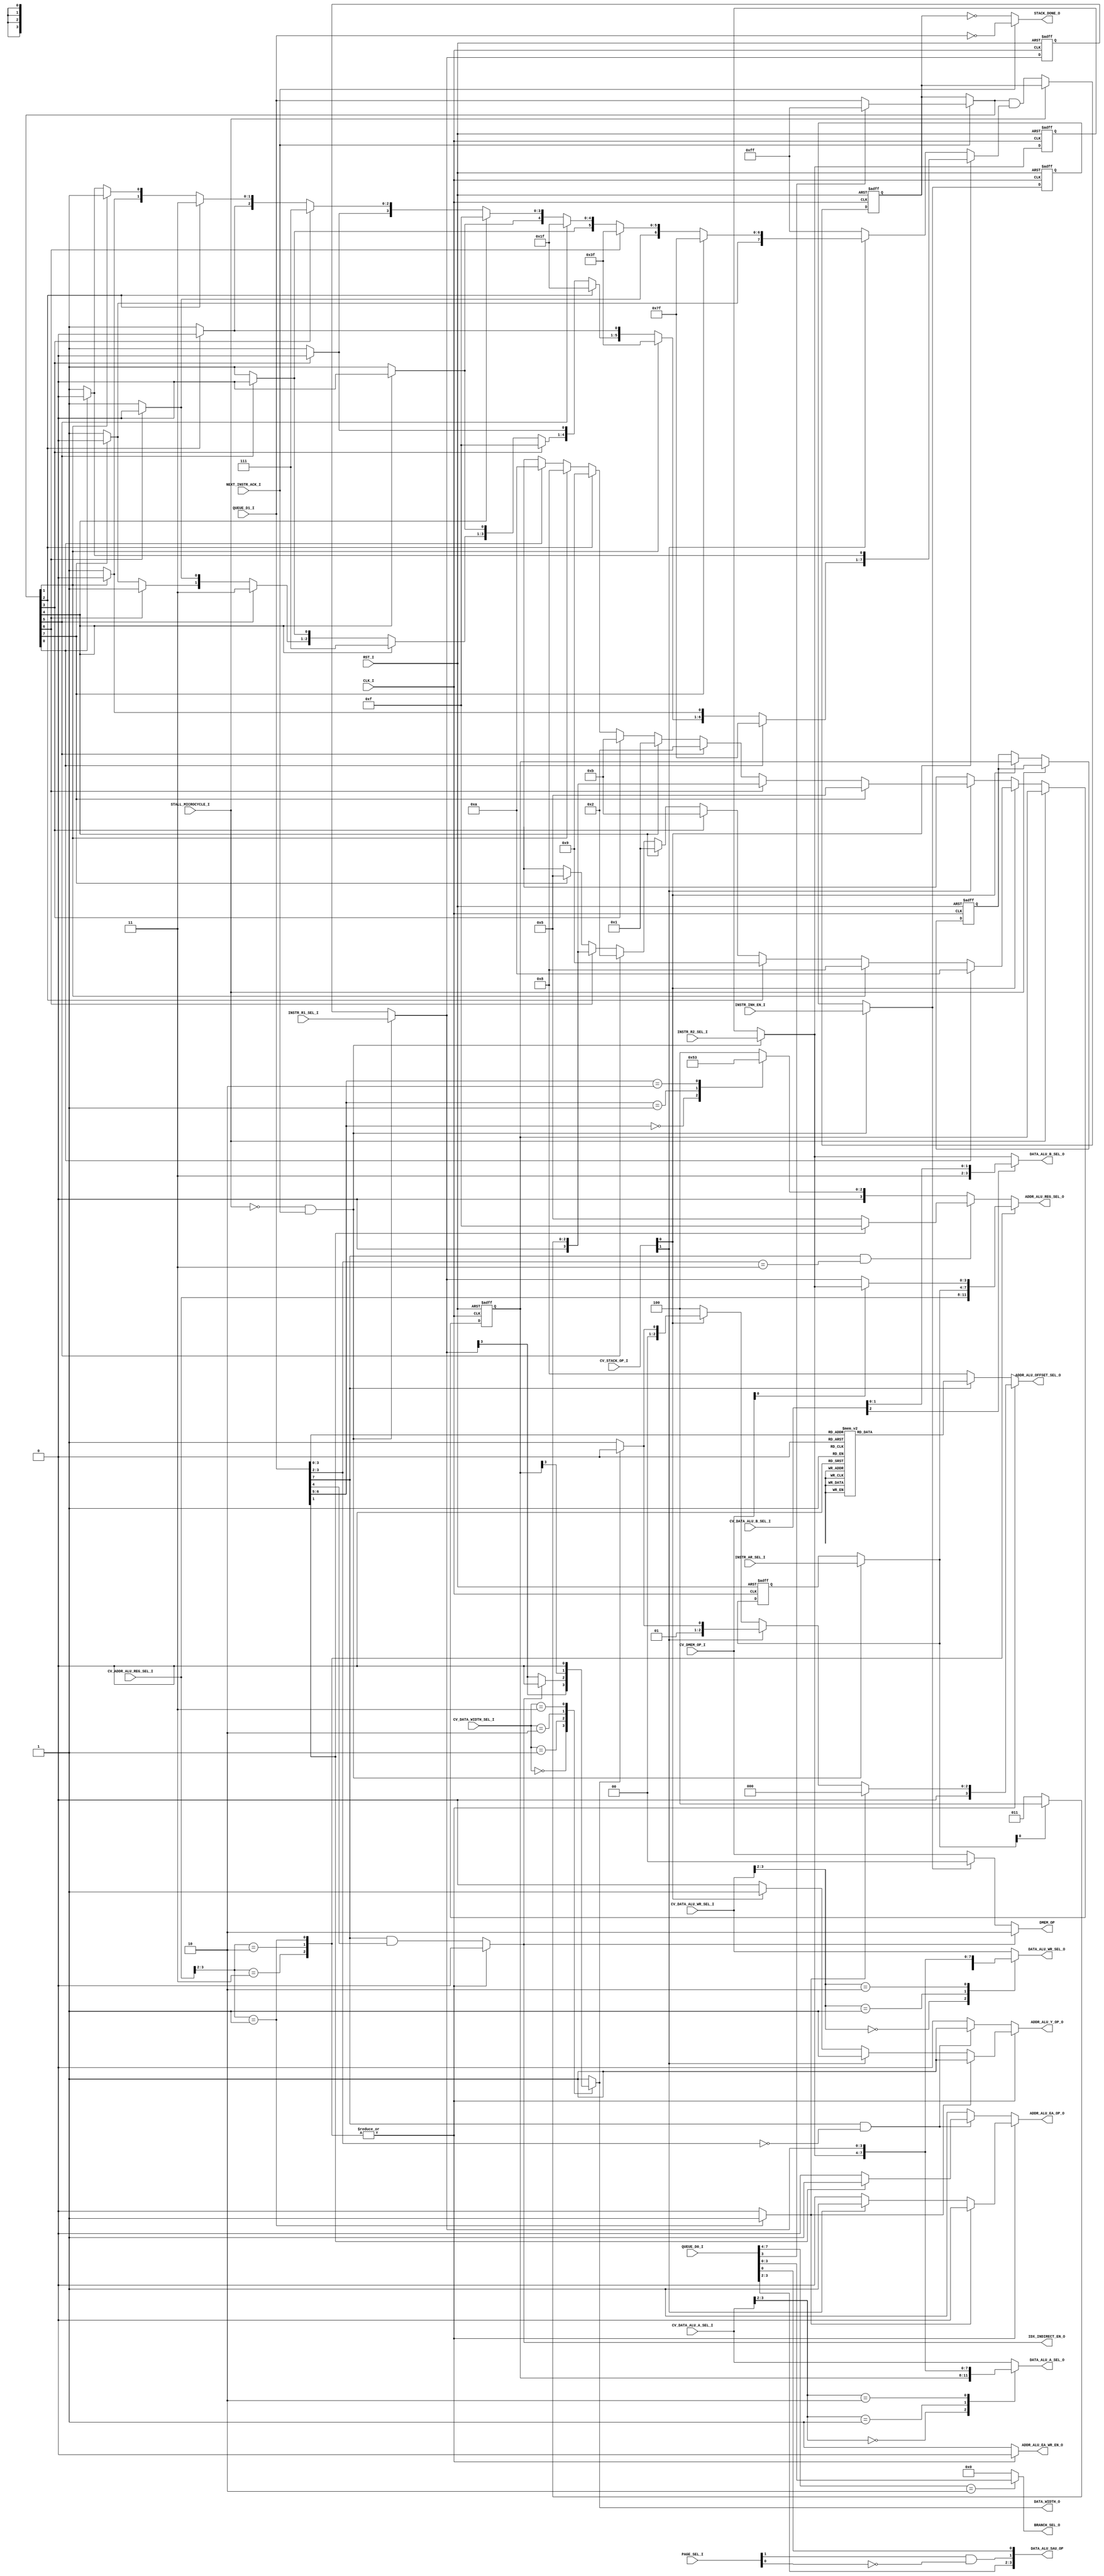
// [TURBO9_HEADER_START]
//////////////////////////////////////////////////////////////////////////////
//                          Turbo9 Microprocessor IP
//////////////////////////////////////////////////////////////////////////////
// Website: www.turbo9.org
// Contact: team[at]turbo9[dot]org
//////////////////////////////////////////////////////////////////////////////
// [TURBO9_LICENSE_START]
// BSD-1-Clause
//
// Copyright (c) 2020-2023
// Kevin Phillipson
// Michael Rywalt
// All rights reserved.
//
// Redistribution and use in source and binary forms, with or without
// modification, are permitted provided that the following conditions are met:
//
// 1. Redistributions of source code must retain the above copyright notice,
//    this list of conditions and the following disclaimer.
//
// THIS SOFTWARE IS PROVIDED BY THE COPYRIGHT HOLDERS AND CONTRIBUTORS "AS IS"
// AND ANY EXPRESS OR IMPLIED WARRANTIES, INCLUDING, BUT NOT LIMITED TO, THE
// IMPLIED WARRANTIES OF MERCHANTABILITY AND FITNESS FOR A PARTICULAR PURPOSE
// ARE DISCLAIMED. IN NO EVENT SHALL THE COPYRIGHT HOLDERS AND CONTRIBUTORS BE
// LIABLE FOR ANY DIRECT, INDIRECT, INCIDENTAL, SPECIAL, EXEMPLARY, OR
// CONSEQUENTIAL DAMAGES (INCLUDING, BUT NOT LIMITED TO, PROCUREMENT OF
// SUBSTITUTE GOODS OR SERVICES; LOSS OF USE, DATA, OR PROFITS; OR BUSINESS
// INTERRUPTION) HOWEVER CAUSED AND ON ANY THEORY OF LIABILITY, WHETHER IN
// CONTRACT, STRICT LIABILITY, OR TORT (INCLUDING NEGLIGENCE OR OTHERWISE)
// ARISING IN ANY WAY OUT OF THE USE OF THIS SOFTWARE, EVEN IF ADVISED OF THE
// POSSIBILITY OF SUCH DAMAGE.
// [TURBO9_LICENSE_END]
//////////////////////////////////////////////////////////////////////////////
// Description: Logic to control the register selects for the ALUs and the
// indexed addressing modes
//
//////////////////////////////////////////////////////////////////////////////
// History:
// 07.14.2023 - Kevin Phillipson
//   File header added
//
//////////////////////////////////////////////////////////////////////////////
// [TURBO9_HEADER_END]

/////////////////////////////////////////////////////////////////////////////
//                                MODULE
/////////////////////////////////////////////////////////////////////////////
module turbo9_reg_addr_ctrl
(
  // Inputs: Clock & Reset
  input              RST_I,
  input              CLK_I,

  // Stall & Next Instruction ACK
  input              STALL_MICROCYCLE_I,
  input              NEXT_INSTR_ACK_I,

  // Instruction Queue
  //input        [7:0] QUEUE_D2_I,
  input        [7:0] QUEUE_D1_I,
  input        [7:0] QUEUE_D0_I,
  input        [1:0] PAGE_SEL_I,

  // Instrution Decoded Controls
  input              INSTR_INH_EN_I,
  input        [3:0] INSTR_R1_SEL_I,
  input        [3:0] INSTR_R2_SEL_I,
  input        [3:0] INSTR_AR_SEL_I,

  // Control Vector Register Selects
  input        [2:0] CV_DATA_WIDTH_SEL_I,
  input        [3:0] CV_DATA_ALU_A_SEL_I,
  input        [2:0] CV_DATA_ALU_B_SEL_I,
  input        [3:0] CV_DATA_ALU_WR_SEL_I,
  input        [3:0] CV_ADDR_ALU_REG_SEL_I,
  input        [1:0] CV_DMEM_OP_I,
  input        [1:0] CV_STACK_OP_I,

  // Data ALU 
  output  reg        DATA_WIDTH_O,
  output  reg  [3:0] DATA_ALU_A_SEL_O,
  output  reg  [3:0] DATA_ALU_B_SEL_O,
  output  reg  [3:0] DATA_ALU_WR_SEL_O,
  output       [3:0] DATA_ALU_SAU_OP,

  // Address ALU 
  output  reg  [3:0] ADDR_ALU_REG_SEL_O,
  output  reg  [3:0] ADDR_ALU_OFFSET_SEL_O,
  output  reg        ADDR_ALU_EA_WR_EN_O,
  output  reg        ADDR_ALU_EA_OP_O,
  output  reg        ADDR_ALU_Y_OP_O,

  // Other
  output  reg  [1:0] DMEM_OP,
  output  reg  [3:0] BRANCH_SEL_O,
  output             IDX_INDIRECT_EN_O,
  output             STACK_DONE_O
);

/////////////////////////////////////////////////////////////////////////////
//                             INTERNAL SIGNALS
/////////////////////////////////////////////////////////////////////////////

///////////////////// SAU_OP_I defines
//
///////////////////// SAU_OP_I defines
// opcode[3:0] | (Page2_en<<1)
// Page1
localparam SAU_EMUL  = 4'b0100; // 4 opcode = $14
localparam SAU_EMULS = 4'b0101; // 5 opcode = $15
localparam SAU_IDIV  = 4'b1000; // 8 opcode = $18
localparam SAU_DAA   = 4'b1001; // 9 opcode = $19
localparam SAU_MUL   = 4'b1101; // D opcode = $3D
// Page2
localparam SAU_EDIV  = 4'b0110; // 6 opcode = $1014
localparam SAU_EDIVS = 4'b0111; // 7 opcode = $1015
localparam SAU_IDIVS = 4'b1010; // A opcode = $1018
localparam SAU_FDIV  = 4'b1011; // B opcode = $1019
localparam SAU_CPY   = 4'b1111; // F opcode = $101F
//
//assign DATA_ALU_SAU_OP = (page2_en) ? {QUEUE_D1_I[3:2],page2_en,QUEUE_D1_I[0]} : // INFO: Partial decode
//                                      {QUEUE_D0_I[3:2],page2_en,QUEUE_D0_I[0]} ; // INFO: Partial decode


//////////////////////////////////////// CV_DMEM_OP_I defines
// Note this encoding is critical.
// MSB is a "one-hot"
localparam  DMEM_OP_IDLE  = 2'b00; // EQU $0
localparam  DMEM_OP_RD    = 2'b10; // EQU $2
localparam  DMEM_OP_WR    = 2'b11; // EQU $3

/*
; ///////////////////////////////////////// cv_DATA_ALU_A_SEL definition
ctrl_vec_begin cv_DATA_ALU_A_SEL 4
  ZERO         EQU $F ; = 4'b1111,
  IDATA        EQU $E ; = 4'b1110,
  DMEM_RD      EQU $D ; = 4'b1101,
  EA           EQU $C ; = 4'b1100,
  R1           EQU $8 ; = 4'b10xx, // Partially decoded!
  R2           EQU $4 ; = 4'b01xx, // Partially decoded!
  STACK_REG    EQU $0 ; = 4'b00xx, // Partially decoded!
ctrl_vec_end

; ///////////////////////////////////////// cv_DATA_ALU_B_SEL definition
ctrl_vec_begin cv_DATA_ALU_B_SEL 3
  ZERO         EQU $7 ; = 3'b111,
  IDATA        EQU $6 ; = 3'b110,
  DMEM_RD      EQU $5 ; = 3'b101,
  EA           EQU $4 ; = 3'b100,
  R2           EQU $0 ; = 3'b0xx, // Partially decoded!
ctrl_vec_end

; ///////////////////////////////////////// cv_DATA_ALU_WR_SEL definition
ctrl_vec_begin cv_DATA_ALU_WR_SEL 4
  ZERO         EQU $F ; = 4'b1111,
  IDATA        EQU $E ; = 4'b1110,
  DMEM_RD      EQU $D ; = 4'b1101,
  EA           EQU $C ; = 4'b1100,
  R1           EQU $8 ; = 4'b10xx, // Partially decoded!
  R2           EQU $4 ; = 4'b01xx, // Partially decoded!
  STACK_REG    EQU $0 ; = 4'b00xx, // Partially decoded!
ctrl_vec_end

; ///////////////////////////////////////// cv_ADDR_ALU_REG_SEL definition
ctrl_vec_begin cv_ADDR_ALU_REG_SEL 4
  ZERO         EQU $F ; = 4'b1111,
  IDATA        EQU $E ; = 4'b1110,
  DMEM_RD      EQU $D ; = 4'b1101,
  EA           EQU $C ; = 4'b1100,
  AR           EQU $8 ; = 4'b1000, // Partially decoded!
  RR1_WR2      EQU $4 ; = 4'b0100, // Partially decoded!
  INDEXED      EQU $0 ; = 4'b0000, // Partially decoded!
ctrl_vec_end
*/

//////////////////////////////////////// CV_DATA_WIDTH_SEL_I defines
//
localparam W_R1         = 3'h0;
localparam W_R1_OR_IND  = 3'h1;
localparam W_STACK_REG  = 3'h2;
localparam W_16         = 3'h3;
localparam W_8          = 3'h4;

//////////////////////////////////////// DATA_ALU_WIDTH_I defines
//
// This must match the MSB of the *_REG_SEL control vectors
localparam  WIDTH_16 =  1'b0;
localparam  WIDTH_8  =  1'b1;


//////////////////////////////////////// CV_STACK_OP_I Defines
//
// Encoding is critical
localparam STACK_OP_IDLE = 2'b00;
localparam STACK_OP_PULL = 2'b01;
localparam STACK_OP_PUSH = 2'b10;


// ADDR_ALU_REG_SEL_O - Index Register Select Decoding 
localparam  ZERO                  = 4'b1111;
localparam  IDATA                 = 4'b1110;
localparam  DMEM_RD               = 4'b1101;
localparam  EA                    = 4'b1100;
localparam  DPR                   = 4'b1011;
localparam  CCR                   = 4'b1010;
localparam  B                     = 4'b1001;
localparam  A                     = 4'b1000;
localparam  SEXB                  = 4'b0111;
//localparam                      = 4'b0110;
localparam  PC                    = 4'b0101;
localparam  S                     = 4'b0100;
localparam  U                     = 4'b0011;
localparam  Y                     = 4'b0010;
localparam  X                     = 4'b0001;
localparam  D                     = 4'b0000;
localparam  IDX_REG_SEL_DONT_CARE = 4'bxxxx;


// ADDR_ALU_OFFSET_SEL_O - Index Offset Select Decoding
localparam  OFFSET_SEL_POS1      = 4'b0000;
localparam  OFFSET_SEL_POS2      = 4'b0001;
localparam  OFFSET_SEL_NEG1      = 4'b0010;
localparam  OFFSET_SEL_NEG2      = 4'b0011;
localparam  OFFSET_SEL_ZERO      = 4'b0100;
localparam  OFFSET_SEL_B         = 4'b0101;
localparam  OFFSET_SEL_A         = 4'b0110;
localparam  OFFSET_SEL_D         = 4'b0111;
localparam  OFFSET_SEL_IDATA     = 4'b1000;
localparam  OFFSET_SEL_DONT_CARE = 4'bxxxx;

//////////////////////////////////////// ADDR_ALU_EA_OP_I / ADDR_ALU_Y_OP_I defines
//
localparam  EQU_REG = 1'b0;
localparam  EQU_SUM = 1'b1;


reg [7:0] opcode;
reg [7:0] idx_postbyte;
reg       indexed_en;
reg       idx_ind_en;
reg       rr1_wr2_en;


reg [7:0]   stk_postbyte;
reg [7:0]   stk_postbyte_msk;
reg [7:0]   stk_postbyte_nxt;
reg [7:0]   stk_postbyte_reg;
localparam  stk_postbyte_rst = 8'h00;

reg  [3:0]  stk_a_sel_nxt;
reg  [3:0]  stk_a_sel_reg;
localparam  stk_a_sel_rst = 4'h0;

reg  [3:0]  stk_wr_sel_reg;
localparam  stk_wr_sel_rst = 4'h0;

reg         stack_done;

reg         page1_en;
reg         page2_en;
reg         page3_en;

assign DATA_ALU_SAU_OP = {opcode[3:2],page2_en,opcode[0]} ; // INFO: Partial decode

//////////////////////////////////////// Instruction Decoded Fields
//
reg          instr_inh_en;
reg          instr_inh_en_reg;
localparam   instr_inh_en_rst = 1'b0; 

reg    [3:0] instr_r1_sel;
reg    [3:0] instr_r1_sel_reg;
localparam   instr_r1_sel_rst = 4'b0101; //INFO: PC reg_sel_type 

reg    [3:0] instr_r2_sel;
reg    [3:0] instr_r2_sel_reg;
localparam   instr_r2_sel_rst = 4'b1101; //INFO: DMEM_RD reg_sel_type

reg    [3:0] instr_ar_sel;
reg    [3:0] instr_ar_sel_reg;
localparam   instr_ar_sel_rst = 4'b0000;

/////////////////////////////////////////////////////////////////////////////

/////////////////////////////////////////////////////////////////////////////
//                                LOGIC
/////////////////////////////////////////////////////////////////////////////

// Decode DATA_ALU_A_SEL_O
always @* begin
  case (CV_DATA_ALU_A_SEL_I[3:2]) // INFO: Partial decode 
    2'b00   : DATA_ALU_A_SEL_O = stk_a_sel_reg;
    2'b01   : DATA_ALU_A_SEL_O = instr_r2_sel;
    2'b10   : DATA_ALU_A_SEL_O = instr_r1_sel;
    default : DATA_ALU_A_SEL_O = CV_DATA_ALU_A_SEL_I; // 2'b11
  endcase
end

// Decode DATA_ALU_B_SEL_O
always @* begin
  case (CV_DATA_ALU_B_SEL_I[2]) // INFO: Partial decode 
    1'b0    : DATA_ALU_B_SEL_O = instr_r2_sel;
    default : DATA_ALU_B_SEL_O = {1'b1, CV_DATA_ALU_B_SEL_I}; // 1'b1
  endcase
end

// Decode DATA_ALU_WR_SEL_O
always @* begin
  case (CV_DATA_ALU_WR_SEL_I[3:2]) // INFO: Partial decode 
    2'b00   : DATA_ALU_WR_SEL_O = stk_wr_sel_reg;
    2'b01   : DATA_ALU_WR_SEL_O = instr_r2_sel;
    2'b10   : DATA_ALU_WR_SEL_O = instr_r1_sel;
    default : DATA_ALU_WR_SEL_O = CV_DATA_ALU_WR_SEL_I; // 2'b11
  endcase
end

// Decode DATA_WIDTH_O
always @* begin
  case (CV_DATA_WIDTH_SEL_I)
    W_R1          : DATA_WIDTH_O = instr_r1_sel[3];
    W_R1_OR_IND   : DATA_WIDTH_O = (idx_ind_en) ? WIDTH_16 : instr_r1_sel[3];
    W_STACK_REG   : DATA_WIDTH_O = stk_a_sel_reg[3];
    W_16          : DATA_WIDTH_O = WIDTH_16;
    default       : DATA_WIDTH_O = WIDTH_8; // W_16
  endcase
end

// Decode DMEM_OP
always @* begin
  if (idx_ind_en) begin
    DMEM_OP = DMEM_OP_RD;
  end else if (instr_inh_en) begin
    DMEM_OP = DMEM_OP_IDLE;
  end else begin
    DMEM_OP = CV_DMEM_OP_I;
  end
end

// Decode ADDR_ALU_REG_SEL_O
always @* begin
  // Defaults
  ADDR_ALU_REG_SEL_O = ZERO;
  indexed_en = 1'b0;
  idx_ind_en = 1'b0;
  rr1_wr2_en = 1'b0;

  case (CV_ADDR_ALU_REG_SEL_I[3:2]) // INFO: Partial decode
    //
    2'b11 : begin
      ADDR_ALU_REG_SEL_O = CV_ADDR_ALU_REG_SEL_I;
    end
    //
    2'b10 : begin
      ADDR_ALU_REG_SEL_O = instr_ar_sel;
    end
    //
    2'b01 : begin // 2'b01 RR1_WR2
      if (CV_DMEM_OP_I[0]) begin // INFO: Partial decode
        ADDR_ALU_REG_SEL_O = instr_r2_sel; // DMEM_OP_WR
      end else begin
        ADDR_ALU_REG_SEL_O = instr_r1_sel; // DMEM_OP_RD
      end
      rr1_wr2_en = 1'b1;
    end
    //
    default : begin // 2'b00 (INDEXED)
      if ((idx_postbyte[7] == 1'b1) && (idx_postbyte[3:2] == 2'b11)) begin
        case (idx_postbyte[1])
          1'b0    : ADDR_ALU_REG_SEL_O = PC;
          default : ADDR_ALU_REG_SEL_O = ZERO; // 1'b1
        endcase
      end else begin
        case (idx_postbyte[6:5])
          2'b00   : ADDR_ALU_REG_SEL_O = X;
          2'b01   : ADDR_ALU_REG_SEL_O = Y;
          2'b10   : ADDR_ALU_REG_SEL_O = U;
          default : ADDR_ALU_REG_SEL_O = S; // 2'b11
        endcase
      end
      indexed_en = 1'b1;
      idx_ind_en = ((idx_postbyte[7] == 1'b1) && (idx_postbyte[4] == 1'b1)); // Index Indirect Decoding
    end
  endcase
end

 
// Decode ADDR_ALU_OFFSET_SEL_O
always @* begin
  // Defaults
  ADDR_ALU_OFFSET_SEL_O = OFFSET_SEL_ZERO;

  if (indexed_en) begin
    if (idx_postbyte[7] == 1'b1) begin
      case (idx_postbyte[3:0]) // FIXME optimize undefined
        4'b0000 : ADDR_ALU_OFFSET_SEL_O = OFFSET_SEL_POS1;  
        4'b0001 : ADDR_ALU_OFFSET_SEL_O = OFFSET_SEL_POS2;
        4'b0010 : ADDR_ALU_OFFSET_SEL_O = OFFSET_SEL_NEG1; 
        4'b0011 : ADDR_ALU_OFFSET_SEL_O = OFFSET_SEL_NEG2;
        //
        4'b0100 : ADDR_ALU_OFFSET_SEL_O = OFFSET_SEL_ZERO;
        4'b0101 : ADDR_ALU_OFFSET_SEL_O = OFFSET_SEL_B;
        4'b0110 : ADDR_ALU_OFFSET_SEL_O = OFFSET_SEL_A;
        4'b0111 : ADDR_ALU_OFFSET_SEL_O = OFFSET_SEL_D;     // undefined 
        //
        4'b1000 : ADDR_ALU_OFFSET_SEL_O = OFFSET_SEL_IDATA; //  8 bit (signed)
        4'b1001 : ADDR_ALU_OFFSET_SEL_O = OFFSET_SEL_IDATA; // 16 bit (signed)
        4'b1010 : ADDR_ALU_OFFSET_SEL_O = OFFSET_SEL_D;     // undefined
        4'b1011 : ADDR_ALU_OFFSET_SEL_O = OFFSET_SEL_D;
        //
        4'b1100 : ADDR_ALU_OFFSET_SEL_O = OFFSET_SEL_IDATA; //  8 bit (signed)
        4'b1101 : ADDR_ALU_OFFSET_SEL_O = OFFSET_SEL_IDATA; // 16 bit (signed)
        4'b1110 : ADDR_ALU_OFFSET_SEL_O = OFFSET_SEL_IDATA; //  8 bit (signed) undefined
        default : ADDR_ALU_OFFSET_SEL_O = OFFSET_SEL_IDATA; // 16 bit (signed) 4'b1111
      endcase
    end else begin
      ADDR_ALU_OFFSET_SEL_O = OFFSET_SEL_IDATA; //  5 bit (signed)
    end
  end else if (rr1_wr2_en) begin
    ADDR_ALU_OFFSET_SEL_O = OFFSET_SEL_POS1;
  end else if (CV_STACK_OP_I[1]) begin // INFO: Partial decode for STACK_OP_PUSH
    if (DATA_WIDTH_O == WIDTH_16) begin
      ADDR_ALU_OFFSET_SEL_O = OFFSET_SEL_NEG2;
    end else begin
      ADDR_ALU_OFFSET_SEL_O = OFFSET_SEL_NEG1;
    end
  end else if (CV_STACK_OP_I[0]) begin // INFO: Partial decode for STACK_OP_PULL
    if (DATA_WIDTH_O == WIDTH_16) begin
      ADDR_ALU_OFFSET_SEL_O = OFFSET_SEL_POS2;
    end else begin
      ADDR_ALU_OFFSET_SEL_O = OFFSET_SEL_POS1;
    end
  end else begin
    ADDR_ALU_OFFSET_SEL_O = OFFSET_SEL_ZERO;
  end
end                
                   

// ADDR_ALU EA & Y Decoding
always @* begin
  // Defaults
  ADDR_ALU_EA_WR_EN_O  = 1'b0;
  ADDR_ALU_EA_OP_O     = EQU_REG; // EA = Pass REG
  ADDR_ALU_Y_OP_O      = EQU_REG; // REG not updated

  if (indexed_en) begin
    //
    ADDR_ALU_EA_WR_EN_O = 1'b1; // Write EA for all indexed addressing
    //
    if ((idx_postbyte[7] == 1'b1) && (idx_postbyte[3:2] == 2'b00)) begin
      //
      ADDR_ALU_Y_OP_O  = EQU_SUM; // Update Reg, Pre or Post
      //
      case (idx_postbyte[1])
        1'b0    : ADDR_ALU_EA_OP_O = EQU_REG; // POST
        default : ADDR_ALU_EA_OP_O = EQU_SUM; // PRE 1'b1
      endcase
    end else begin
      ADDR_ALU_EA_OP_O = EQU_SUM; // EA = REG + OFFSET
      ADDR_ALU_Y_OP_O  = EQU_REG; // REG not updated
    end
  end else if (rr1_wr2_en) begin
    ADDR_ALU_EA_WR_EN_O = 1'b0; // Dont write EA for R1/R2 addressing
    ADDR_ALU_EA_OP_O    = EQU_REG; // POST
    ADDR_ALU_Y_OP_O     = EQU_SUM; // Update Reg, Pre or Post
  end else if (CV_STACK_OP_I[1]) begin // INFO: Partial decode for STACK_OP_PUSH
    ADDR_ALU_EA_WR_EN_O = 1'b0; // Dont write EA for stack addressing
    ADDR_ALU_EA_OP_O    = EQU_SUM; // PRE
    ADDR_ALU_Y_OP_O     = EQU_SUM; // Update Reg, Pre or Post
  end else if (CV_STACK_OP_I[0]) begin // INFO: Partial decode for STACK_OP_PULL
    ADDR_ALU_EA_WR_EN_O = 1'b0; // Dont write EA for stack addressing
    ADDR_ALU_EA_OP_O    = EQU_REG; // POST
    ADDR_ALU_Y_OP_O     = EQU_SUM; // Update Reg, Pre or Post
  end else begin // Not Indexed, just pass the REG as address
    ADDR_ALU_EA_WR_EN_O  = 1'b0;
    ADDR_ALU_EA_OP_O     = EQU_REG; // EA = Pass REG
    ADDR_ALU_Y_OP_O      = EQU_REG; // REG not updated
  end
end

// Branch Pointer Decoding
always @* begin
  if (opcode[7:4] == 4'h2) begin
    BRANCH_SEL_O = opcode[3:0];
  end else begin
    BRANCH_SEL_O = 4'b0000; // LBRA LBSR BSR
  end
end

// Sequential Arithmetic Unit Decoding
//
// DAA  19  0001_1001
// MUL  3D  0011_1101
//

/////////////////////////////////////////////////////////////////////////////
//                       Prebyte Logic 
/////////////////////////////////////////////////////////////////////////////
// Select Page 1, 2 or 3 Decoding
always @* begin
  opcode        = QUEUE_D0_I;
  idx_postbyte  = QUEUE_D1_I;
  stk_postbyte  = QUEUE_D1_I;
  page1_en      = ~PAGE_SEL_I[1];
  page2_en      =  PAGE_SEL_I[1] & ~PAGE_SEL_I[0];
  page3_en      =  PAGE_SEL_I[1] &  PAGE_SEL_I[0];
end
//
/////////////////////////////////////////////////////////////////////////////


/////////////////////////////////////////////////////////////////////////////
//        Maintain Instruction Decodes for Multiple Micro Cycles
/////////////////////////////////////////////////////////////////////////////
//
always @(posedge CLK_I, posedge RST_I) begin
  if (RST_I) begin
    //
    instr_inh_en_reg      <= instr_inh_en_rst;
    instr_r1_sel_reg      <= instr_r1_sel_rst;
    instr_r2_sel_reg      <= instr_r2_sel_rst;
    instr_ar_sel_reg      <= instr_ar_sel_rst;
    //
  end else begin
    //
    if (~STALL_MICROCYCLE_I & NEXT_INSTR_ACK_I) begin
      //
      instr_inh_en_reg      <= INSTR_INH_EN_I; 
      instr_r1_sel_reg      <= INSTR_R1_SEL_I;
      instr_r2_sel_reg      <= INSTR_R2_SEL_I;
      instr_ar_sel_reg      <= INSTR_AR_SEL_I;
      //
    end
  end
end

always @* begin
  if (~STALL_MICROCYCLE_I & NEXT_INSTR_ACK_I) begin // FIXME ~STALL_MICROCYCLE_I needed?
    instr_inh_en   = INSTR_INH_EN_I;
    instr_r1_sel   = INSTR_R1_SEL_I;
    instr_r2_sel   = INSTR_R2_SEL_I;
    instr_ar_sel   = INSTR_AR_SEL_I;
  end else begin
    instr_inh_en   = instr_inh_en_reg;
    instr_r1_sel   = instr_r1_sel_reg;
    instr_r2_sel   = instr_r2_sel_reg;
    instr_ar_sel   = instr_ar_sel_reg;
  end
end
//
/////////////////////////////////////////////////////////////////////////////


/////////////////////////////////////////////////////////////////////////////
//                    Stack Postbyte Decode Logic
/////////////////////////////////////////////////////////////////////////////
//
always @* begin
  if (NEXT_INSTR_ACK_I) begin 
    if (QUEUE_D0_I[3] == 1'b0) begin // INFO: Partial decode for PSHS,PULS,PSHU,PULU opcode
      stk_postbyte_nxt = stk_postbyte;
    end else begin
      stk_postbyte_nxt = 8'hFF;
    end
    //
    stack_done = (stk_postbyte == 8'h00);
  end else begin
    stk_postbyte_nxt = stk_postbyte_reg;
    //
    stack_done = (stk_postbyte_reg == 8'h00);
  end
end                

always @* begin
  //Defaults
  stk_postbyte_msk   = 8'b1111_1111;
  stk_a_sel_nxt   = 4'hx; //INFO: Don't care!

  if (CV_STACK_OP_I[0]) begin // INFO: Partial Decode STACK_OP_PULL! // FIXME maybe seperate this logic
         if (stk_postbyte_nxt[0]) begin stk_postbyte_msk[0] = 1'b0; stk_a_sel_nxt =  CCR;                       end
    else if (stk_postbyte_nxt[1]) begin stk_postbyte_msk[1] = 1'b0; stk_a_sel_nxt =  A;                         end
    else if (stk_postbyte_nxt[2]) begin stk_postbyte_msk[2] = 1'b0; stk_a_sel_nxt =  B;                         end
    else if (stk_postbyte_nxt[3]) begin stk_postbyte_msk[3] = 1'b0; stk_a_sel_nxt =  DPR;                       end
    else if (stk_postbyte_nxt[4]) begin stk_postbyte_msk[4] = 1'b0; stk_a_sel_nxt =  X;                         end 
    else if (stk_postbyte_nxt[5]) begin stk_postbyte_msk[5] = 1'b0; stk_a_sel_nxt =  Y;                         end
    else if (stk_postbyte_nxt[6]) begin stk_postbyte_msk[6] = 1'b0; stk_a_sel_nxt =  (instr_ar_sel[0]) ? S : U; end  
    else if (stk_postbyte_nxt[7]) begin stk_postbyte_msk[7] = 1'b0; stk_a_sel_nxt =  PC;                        end
  end else if (CV_STACK_OP_I[1]) begin // INFO: Partial Decode STACK_OP_PUSH!
         if (stk_postbyte_nxt[7]) begin stk_postbyte_msk[7] = 1'b0; stk_a_sel_nxt =  PC;                        end
    else if (stk_postbyte_nxt[6]) begin stk_postbyte_msk[6] = 1'b0; stk_a_sel_nxt =  (instr_ar_sel[0]) ? S : U; end  
    else if (stk_postbyte_nxt[5]) begin stk_postbyte_msk[5] = 1'b0; stk_a_sel_nxt =  Y;                         end
    else if (stk_postbyte_nxt[4]) begin stk_postbyte_msk[4] = 1'b0; stk_a_sel_nxt =  X;                         end 
    else if (stk_postbyte_nxt[3]) begin stk_postbyte_msk[3] = 1'b0; stk_a_sel_nxt =  DPR;                       end
    else if (stk_postbyte_nxt[2]) begin stk_postbyte_msk[2] = 1'b0; stk_a_sel_nxt =  B;                         end
    else if (stk_postbyte_nxt[1]) begin stk_postbyte_msk[1] = 1'b0; stk_a_sel_nxt =  A;                         end
    else if (stk_postbyte_nxt[0]) begin stk_postbyte_msk[0] = 1'b0; stk_a_sel_nxt =  CCR;                       end
  end

end

always @(posedge CLK_I, posedge RST_I) begin
  if (RST_I) begin
    //
    stk_postbyte_reg  <= stk_postbyte_rst;
    stk_a_sel_reg     <= stk_a_sel_rst;
    stk_wr_sel_reg    <= stk_wr_sel_rst;
    //
  end else begin
    //
    if (~STALL_MICROCYCLE_I) begin
      //
      stk_postbyte_reg  <= stk_postbyte_nxt & stk_postbyte_msk;
      stk_a_sel_reg     <= stk_a_sel_nxt;
      if (CV_STACK_OP_I[0]) begin // INFO: Partial Decode STACK_OP_PULL!
        stk_wr_sel_reg  <= stk_a_sel_reg;
      end
      //
    end
  end
end
//
/////////////////////////////////////////////////////////////////////////////

/*

/////////////////// Stack Postbyte Notes
bit7 PC
bit6 U or S
bit5 Y
bit4 X
bit3 DP
bit2 B
bit1 A
bit0 CCR

                   postbyte_exg
EXG       'h1E     stk_postbyte                  // bit[7:4] = src, bit[3:0] = des
TFR       'h1F     stk_postbyte                  // bit[7:4] = src, bit[3:0] = des
                  
                   postbyte_stk
PSHS      'h34     stk_postbyte                  // push bit7 -> bit0
PULS      'h35     stk_postbyte                  // pull bit0 -> bit7
PSHU      'h36     stk_postbyte                  // push bit7 -> bit0
PULU      'h37     stk_postbyte                  // pull bit0 -> bit7

BSR       'h8D     8'h80                       // push, PC
JSR (dir) 'h9D     8'h80                       // push, PC
JSR (idx) 'hAD     8'h80                       // push, PC
JSR (ext) 'hBD     8'h80                       // push, PC
LBSR      'h17     8'h80                       // push, PC
RTS       'h39     8'h80                       // pull, PC
RTI       'h3B     if (cc.e) 8'hFF else 8'h80  // pull, must wait for E from previous instruction
CWAI      'h3C     8'hFF                       // push, QUEUE_D1 anded with CC, E always set
SWI       'h3F     8'hFF                       // Set E, push all regs, set I & F
SWI2      'h103F   8'hFF                       // Set E, push all regs
SWI3      'h113F   8'hFF                       // Set E, push all regs
RESET     '3E      

/////////////////// Partial Decoding for postbyte
00   0000 0000 
33   0011 0011
     00?? 00?? Page2 or Page3 SWI2,SWI3 (8'hFF)
                                       
04   0000 0100                          
17   0001 0111                         
     000? 01?? LBSR (8'h80)
                                       
24   0010 0100                          
37   0011 0111                         
     001? 01?? PSHS,PULS,PSHU,PULU (stk_postbyte)
                                       
08   0000 1000                          
3B   0011 1011                         
     00?? 10?? RTS,RTI (8'h80)
                                       
0C   0000 1100                          
1F   0001 1111                         
     000? 11?? EXG,TFR (stk_postbyte)
                                       
2C   0010 1100                          
3F   0011 1111                         
     001? 11?? CWAI,SWI (8'hFF)
                                       
40   0100 0000                          
FF   1111 1111                         
     ?1?? ???? BSR,JSR (8'h80)

06   0000 0110
FF   1111 1111

0F   0000 1111
F6   1111 0110
     ???? ?11? U Stack pointer
 
 X  Y  U  S
+X +Y +U +S
-X -Y -U -S
 X  Y  U  S
 

*/

/////////////////////////////////////////////////////////////////////////////

/////////////////////////////////////////////////////////////////////////////
//                            ASSIGN OUPUTS
/////////////////////////////////////////////////////////////////////////////
//

assign IDX_INDIRECT_EN_O = idx_ind_en;
assign STACK_DONE_O      = stack_done;

//
/////////////////////////////////////////////////////////////////////////////

endmodule